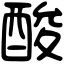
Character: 酸